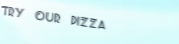
Try Our Pizza